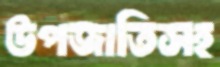
উপজাতিসহ